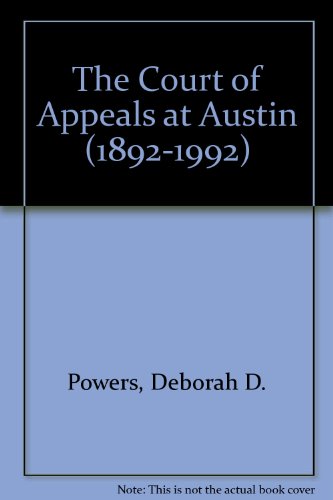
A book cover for The Court of Appeals at Austin, 1892-1992; Deborah D. Powers; Law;